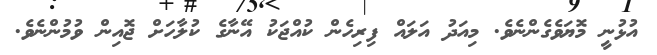
އުޅުނީ މޮޔަވެގެންނެވެ. މިއަދު އަލައް ފިރިިިިިިހެން ކުއްޖަކު އޭނާގެ ކުލާހަށް ޖޮއިން ވުމުންނެވެ.